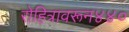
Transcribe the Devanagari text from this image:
रोहित्रावरून४४०